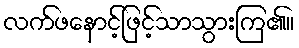
လက်ဖနောင့်ဖြင့်သာသွားကြ၏။